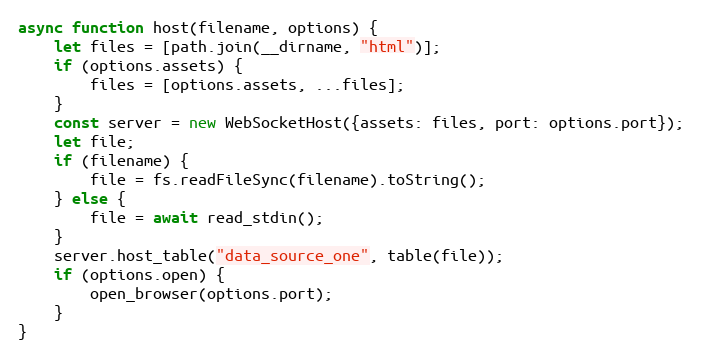
Language: JavaScript
async function host(filename, options) {
    let files = [path.join(__dirname, "html")];
    if (options.assets) {
        files = [options.assets, ...files];
    }
    const server = new WebSocketHost({assets: files, port: options.port});
    let file;
    if (filename) {
        file = fs.readFileSync(filename).toString();
    } else {
        file = await read_stdin();
    }
    server.host_table("data_source_one", table(file));
    if (options.open) {
        open_browser(options.port);
    }
}